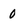
Character: 0